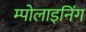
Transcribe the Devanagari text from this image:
म्पोलाइनिंग